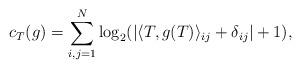
LaTeX: \begin{align*}c_T(g)=\sum_{i,j=1}^N\log_2(|\langle T,g(T)\rangle_{ij}+\delta_{ij}|+1),\end{align*}